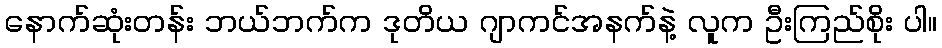
နောက်ဆုံးတန်း ဘယ်ဘက်က ဒုတိယ ဂျာကင်အနက်နဲ့ လူက ဦးကြည်စိုး ပါ။